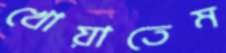
খোয়াতেম